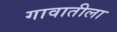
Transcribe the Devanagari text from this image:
गावातीला